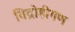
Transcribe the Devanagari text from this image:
विद्रोहीगण